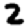
Digit: 2